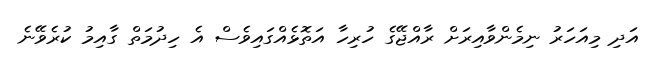
އަދި މިއަަހަރު ނިމެންވާއިރަށް ރާއްޖޭގެ ހުރިހާ އަތޮޅެއްގައިވެސް އެ ހިދުމަތް ގާއިމު ކުރެވޭނެ